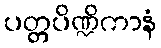
ပတ္တပိဏ္ဍိကာနံ